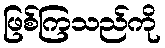
ဖြစ်ကြသည်ကို